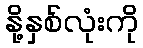
နို့နှစ်လုံးကို